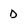
Character: D